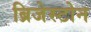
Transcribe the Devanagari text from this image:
ब्रिजेस्टोन